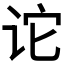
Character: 𫍡